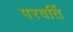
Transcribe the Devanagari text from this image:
परवर्ति